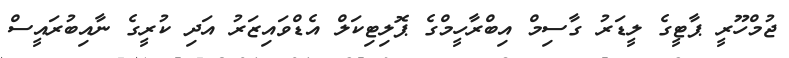
ޖުމްހޫރީ ޕާޓީގެ ލީޑަރު ގާސިމް އިބްރާހީމްގެ ޕޮލިޓިކަލް އެޑްވައިޒަރު އަދި ކުރީގެ ނާއިބުރައީސް